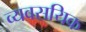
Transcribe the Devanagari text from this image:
व्यवसयिक